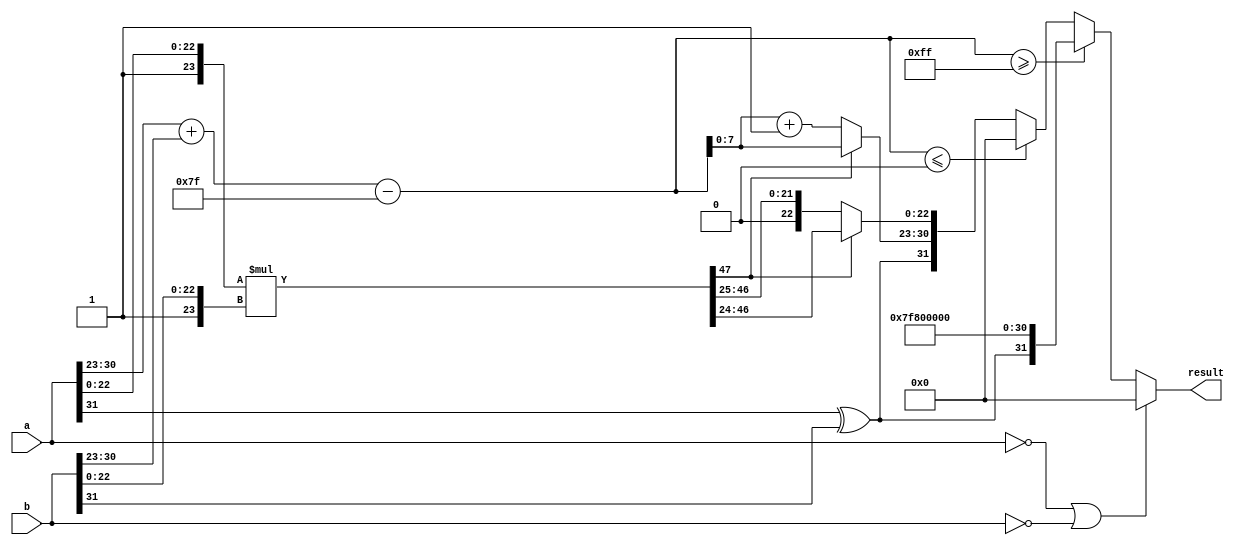
module float_multiplier (
    input wire [31:0] a,    // First floating-point input
    input wire [31:0] b,    // Second floating-point input
    output reg [31:0] result // Resulting floating-point output
);

    // Sign, Exponent, Mantissa extraction
    wire sign_a = a[31];
    wire sign_b = b[31];
    
    wire [7:0] exp_a = a[30:23]; // Exponent of a
    wire [7:0] exp_b = b[30:23]; // Exponent of b
    wire [23:0] mant_a = {1'b1, a[22:0]}; // Normalized mantissa of a (adding implicit leading 1)
    wire [23:0] mant_b = {1'b1, b[22:0]}; // Normalized mantissa of b (adding implicit leading 1)

    // Intermediate results
    wire [47:0] mant_result;  // Extended mantissa to hold multiplication result
    wire [8:0] exp_result;     // Extended exponent to hold added exponents

    assign mant_result = mant_a * mant_b; // Multiply mantissas
    assign exp_result = (exp_a + exp_b - 8'd127); // Calculate biased exponent

    // Determine sign of the result
    wire sign_result = sign_a ^ sign_b;

    // Determine the resulting exponent and mantissa
    reg [7:0] final_exp;
    reg [22:0] final_mant;

    always @(*) begin
        if (a == 32'b0 || b == 32'b0) begin
            // If either input is zero, result is zero
            result = 32'b0;
        end else if (exp_result >= 8'd255) begin
            // Overflow case
            result = {sign_result, 8'b11111111, 23'b0}; // Set to infinity
        end else if (exp_result <= 8'd0) begin
            // Underflow case
            result = 32'b0;
        end else begin
            // Normalization of mantissa
            if (mant_result[47] == 1) begin
                // Already normalized
                final_mant = mant_result[46:24]; // Keep the top 23 bits
                final_exp = exp_result[7:0]; // Use the calculated exponent
            end else begin
                // Shift right, it is not normalized
                final_mant = mant_result[46:24] >> 1; // Right shift
                final_exp = exp_result[7:0] + 8'd1; // Increment exponent
            end
            
            // Formulate the final result
            result = {sign_result, final_exp, final_mant}; 
        end
    end
endmodule